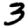
Digit: 3